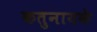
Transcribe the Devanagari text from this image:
कतुनायके